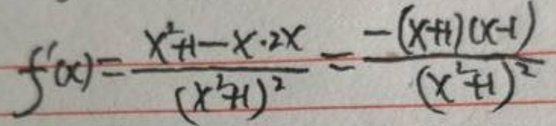
\[
f^{\prime}(x)=\frac{x^{2}+1 - x\cdot2x}{(x^{2}+1)^{2}}=\frac{-(x + 1)(x - 1)}{(x^{2}+1)^{2}}
\]